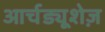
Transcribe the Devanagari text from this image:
आर्चड्यूशेज़